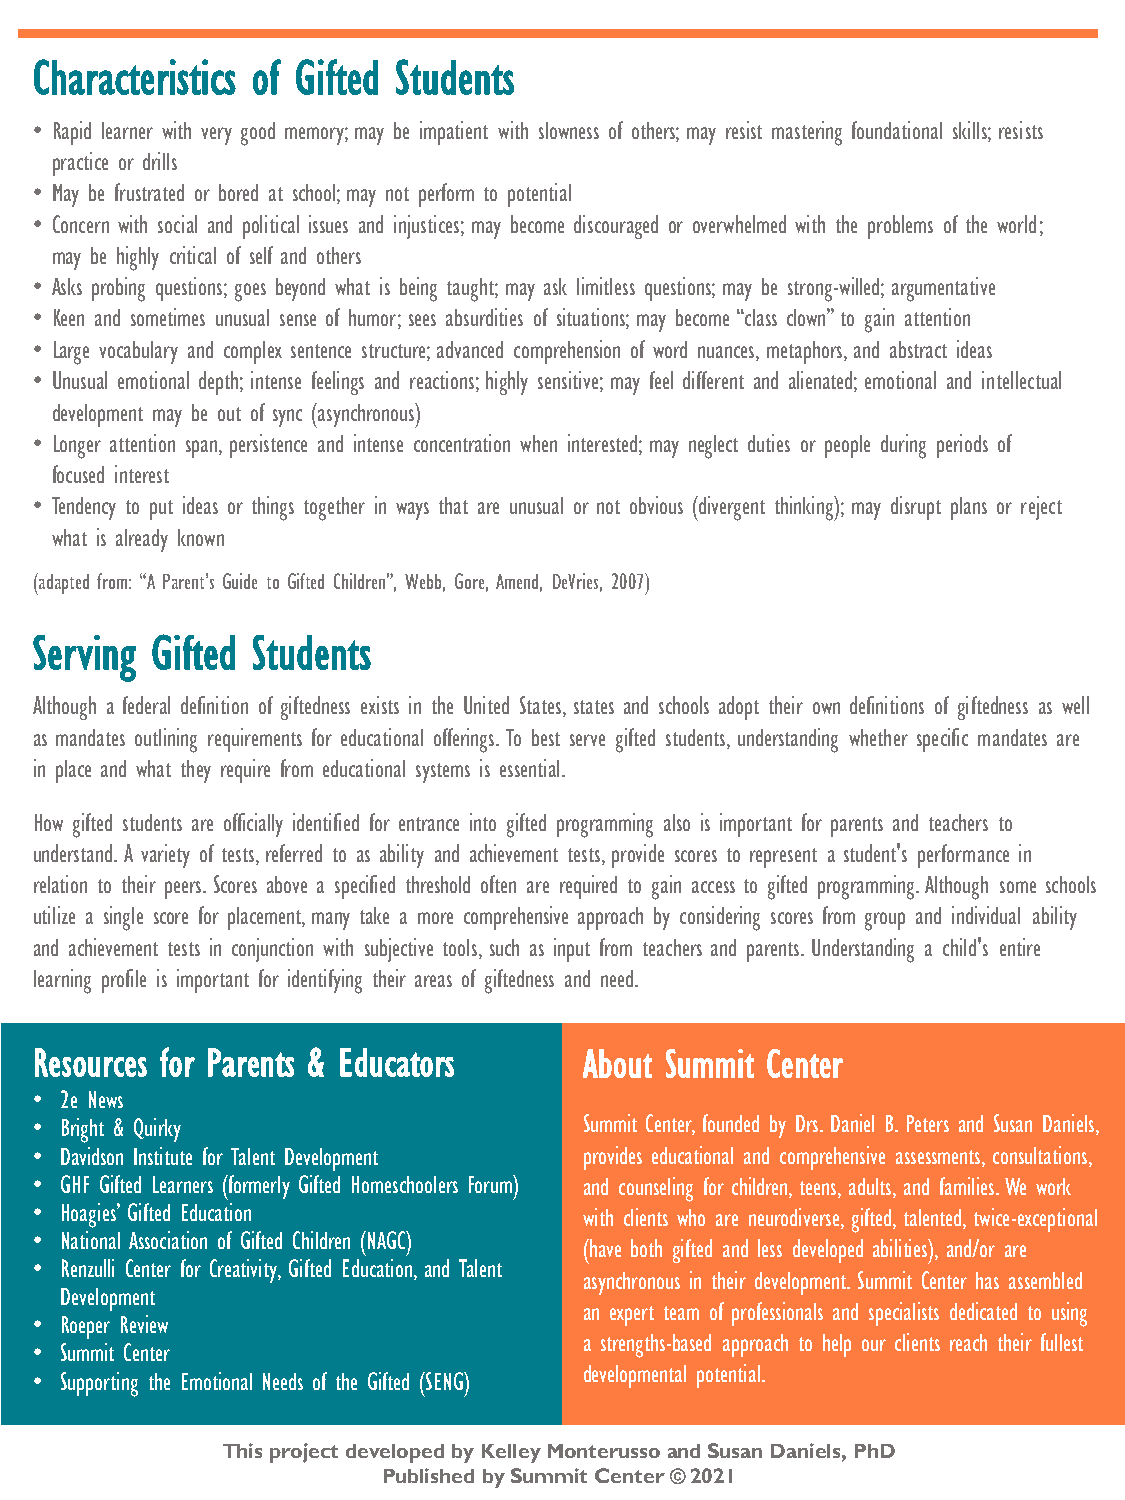
FIVE   FORMS      OF   GIFTEDNESS
 Characteristics of Gifted Students
 • Rapid learner with very good memory; may be impatient with slowness of others; may resist mastering foundational skills; resists
 practice or drills
 • May be frustrated or bored at school; may not perform to potential
 • Concern with social and political issues and injustices; may become discouraged or overwhelmed with the problems of the world;
 may be highly critical of self and others
 • Asks probing questions; goes beyond what is being taught; may ask limitless questions; may be strong-willed; argumentative
 • Keen and sometimes unusual sense of humor; sees absurdities of situations; may become “class clown” to gain attention
 • Large vocabulary and complex sentence structure; advanced comprehension of word nuances, metaphors, and abstract ideas
 • Unusual emotional depth; intense feelings and reactions; highly sensitive; may feel different and alienated; emotional and intellectual
 development may be out of sync (asynchronous)
 • Longer attention span, persistence and intense concentration when interested; may neglect duties or people during periods of
 focused interest
 • Tendency to put ideas or things together in ways that are unusual or not obvious (divergent thinking); may disrupt plans or reject
 what is already known
 (adapted from: “A Parent’s Guide to Gifted Children”, Webb, Gore, Amend, DeVries, 2007)
 Serving Gifted Students
 Although a federal definition of giftedness exists in the United States, states and schools adopt their own definitions of giftedness as well
 as mandates outlining requirements for educational offerings. To best serve gifted students, understanding whether specific mandates are
 in place and what they require from educational systems is essential.
 How gifted students are officially identified for entrance into gifted programming also is important for parents and teachers to
 understand. A variety of tests, referred to as ability and achievement tests, provide scores to represent a student's performance in
 relation to their peers. Scores above a specified threshold often are required to gain access to gifted programming. Although some schools
 utilize a single score for placement, many take a more comprehensive approach by considering scores from group and individual ability
 and achievement tests in conjunction with subjective tools, such as input from teachers and parents. Understanding a child's entire
 learning profile is important for identifying their areas of giftedness and need.
 Resources for Parents & Educators    About Summit Center
 • 2e News
 • Bright & Quirky                    Summit Center, founded by Drs. Daniel B. Peters and Susan Daniels,
 • Davidson Institute for Talent Development provides educational and comprehensive assessments, consultations,
 • GHF Gifted Learners (formerly Gifted Homeschoolers Forum) and counseling for children, teens, adults, and families. We work
 • Hoagies’ Gifted Education          with clients who are neurodiverse, gifted, talented, twice-exceptional
 • National Association of Gifted Children (NAGC)
 (have both gifted and less developed abilities), and/or are
 • Renzulli Center for Creativity, Gifted Education, and Talent
 asynchronous in their development. Summit Center has assembled
 Development
 an expert team of professionals and specialists dedicated to using
 • Roeper Review
 a strengths-based approach to help our clients reach their fullest
 • Summit Center
 developmental potential.
 • Supporting the Emotional Needs of the Gifted (SENG)
 This project developed by Kelley Monterussoand Susan Daniels, PhD
 Published by Summit Center © 2021